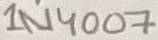
Text: 1N4007